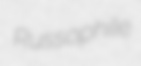
Russophile